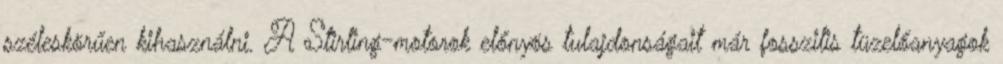
széleskörűen kihasználni. A Stirling-motorok előnyös tulajdonságait már fosszilis tüzelőanyagok